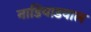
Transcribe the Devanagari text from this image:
नाडियाडवाल